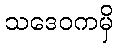
သဒေဝကမှိ